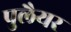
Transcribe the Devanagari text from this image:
पुलैयर